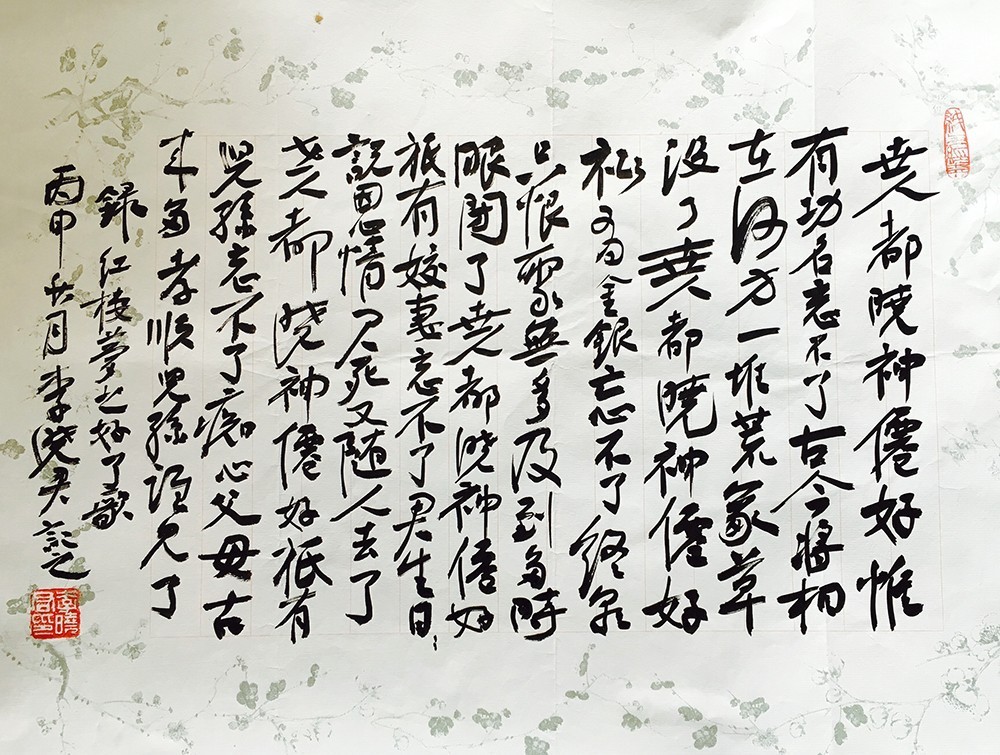
陋室空堂，当年笏满床衰草枯杨，曾为歌舞场。